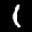
Label: 1